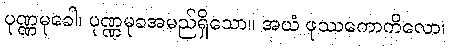
ပုဏ္ဏမုခေါ၊ ပုဏ္ဏမုခအမည်ရှိသော။ အယံ ဖုဿကောကိလော၊